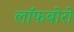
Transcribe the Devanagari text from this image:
लॉफबोरो